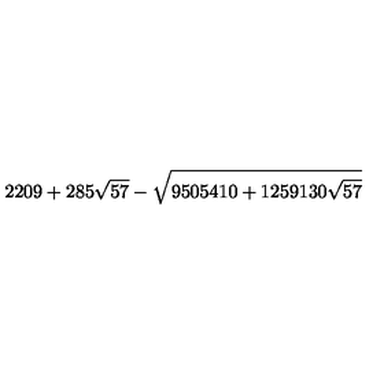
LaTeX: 2 2 0 9 + 2 8 5 \sqrt { 5 7 } - \sqrt { 9 5 0 5 4 1 0 + 1 2 5 9 1 3 0 \sqrt { 5 7 } }